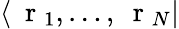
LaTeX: \langle\mathrm{~\mathbf~r~}_{1},\dots,\mathrm{~\mathbf~r~}_{N}|